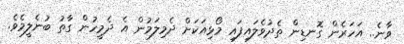
ވާނެ.. އަހަރެން ގޮނޑިން ތެދުވެލައިފައި މޯޅިއަކަށް ދެމިލަމުން އެ ދެމީހުން ގާތު ބުނެލީމެވެ.